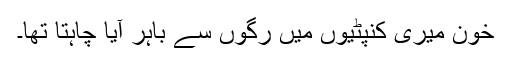
خون میری کنپٹیوں میں رگوں سے باہر آیا چاہتا تھا۔